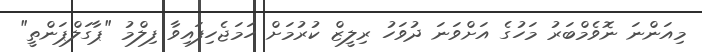
މިއަންނަ ނޮވެމްބަރު މަހުގެ އަށްވަނަ ދުވަހު ރިލީޒް ކުރުމަށް ހަމަޖެހިފައިވާ ފިލްމު "ޕާގަލްޕަންތީ"